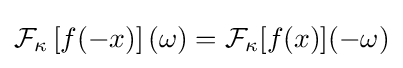
{\cal {F}}_{\kappa }\left[f(-x)\right](\omega )={\cal {F}}_{\kappa }[f(x)](-\omega )